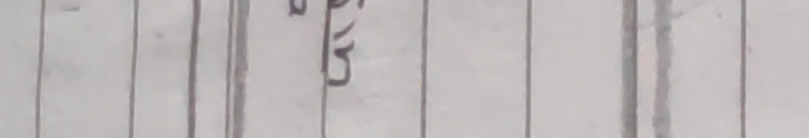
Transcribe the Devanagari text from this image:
काठ